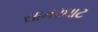
સામરઘાટ